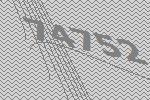
74752